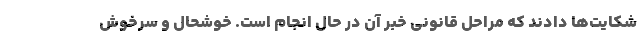
شکایت‌ها دادند که مراحل قانونی خبر آن در حال انجام است. خوشحال و سرخوش